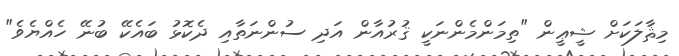
މިޘާލަކަށް ޝީޢީން "ތިމަންމެންނަކީ ޤުރުއާން އަދި ސުންނަތާއި ދެކޮޅު ބައެކޭ ބުނޭ ހެއްޔެވެ"